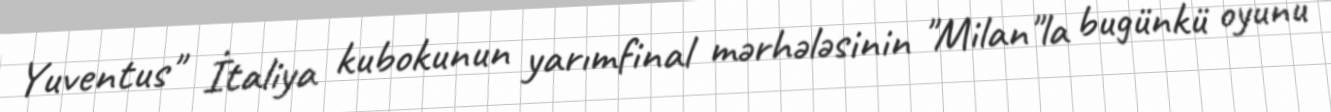
Yuventus" İtaliya kubokunun yarımfinal mərhələsinin "Milan"la bugünkü oyunu